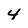
Character: 4